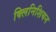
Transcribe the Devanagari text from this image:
क्लिनिशियन